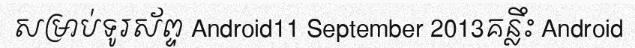
សម្រាប់ទូរស័ព្ទ Android11 September 2013គន្លឹះ Android